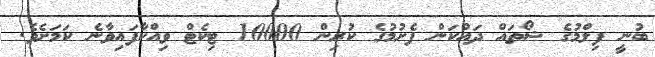
ބުނީ ފިލްމުގެ ޝޯތައް ދައްކަން ފެށުމުގެ ކުރިން 10000 ޓިކެޓް ވިއްކާފައިވާނެ ކަމަށެވެ.